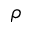
\rho